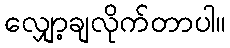
လျှော့ချလိုက်တာပါ။